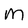
Character: m